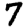
Digit: 7